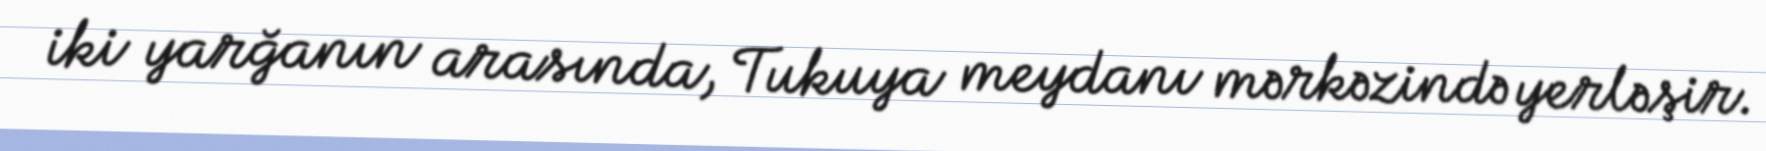
iki yarğanın arasında, Tukuya meydanı mərkəzində yerləşir.